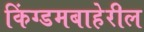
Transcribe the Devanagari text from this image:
किंग्डमबाहेरील